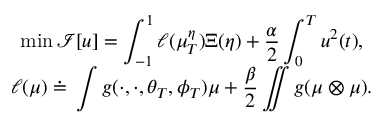
\begin{array} { c } { \displaystyle \operatorname* { m i n } \mathcal I [ u ] = \int _ { - 1 } ^ { 1 } \ell ( \mu _ { T } ^ { \eta } ) \d \Xi ( \eta ) + \frac { \alpha } { 2 } \int _ { 0 } ^ { T } u ^ { 2 } ( t ) \d t , } \\ { \ell ( \mu ) \doteq \, \displaystyle \int g ( \cdot , \cdot , \theta _ { T } , \phi _ { T } ) \d \mu + \frac { \beta } { 2 } \iint g \d ( \mu \otimes \mu ) . } \end{array}